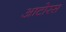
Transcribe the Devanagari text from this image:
आटोरस